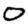
Digit: 0